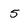
Character: 5